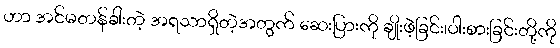
ဟာ အင်မတန်ခါးတဲ့ အရသာရှိတဲ့အတွက် ဆေးပြားကို ချိုးဖဲ့ခြင်း၊ဝါးစားခြင်းတို့ကို